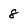
Character: 8